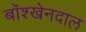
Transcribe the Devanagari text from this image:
बॉश्खेनदाल